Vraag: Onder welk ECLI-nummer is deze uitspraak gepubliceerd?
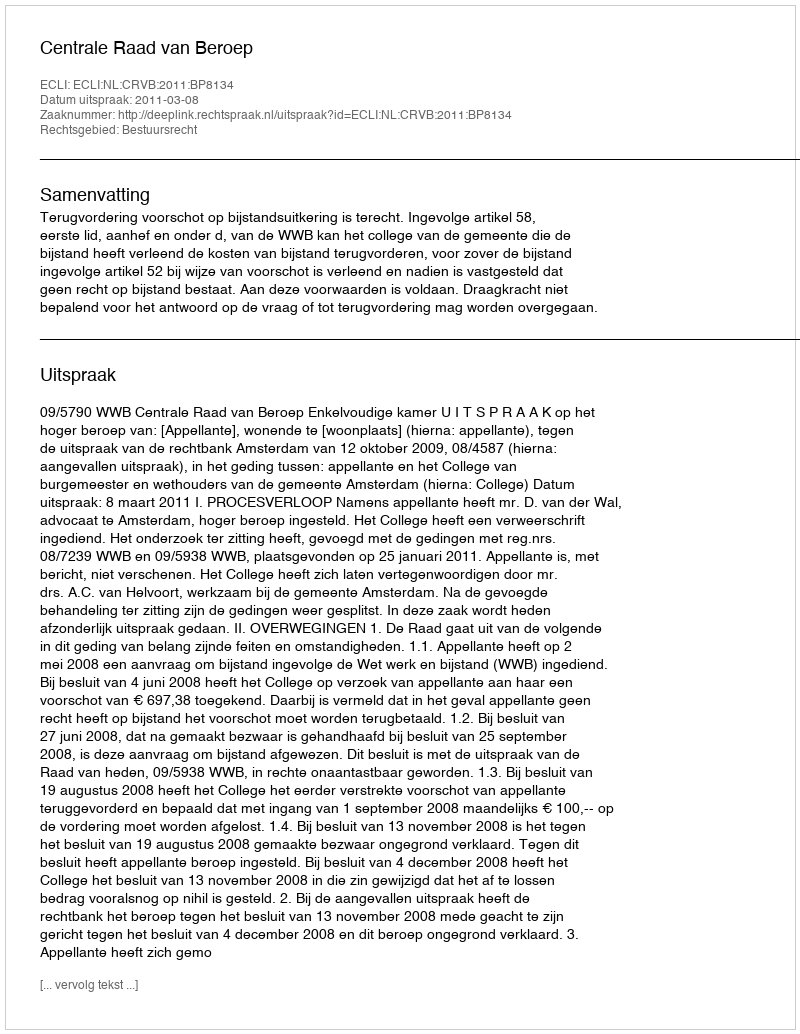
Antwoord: ECLI:NL:CRVB:2011:BP8134